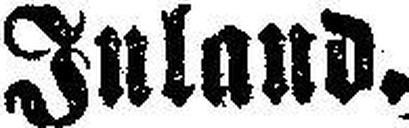
Inland.